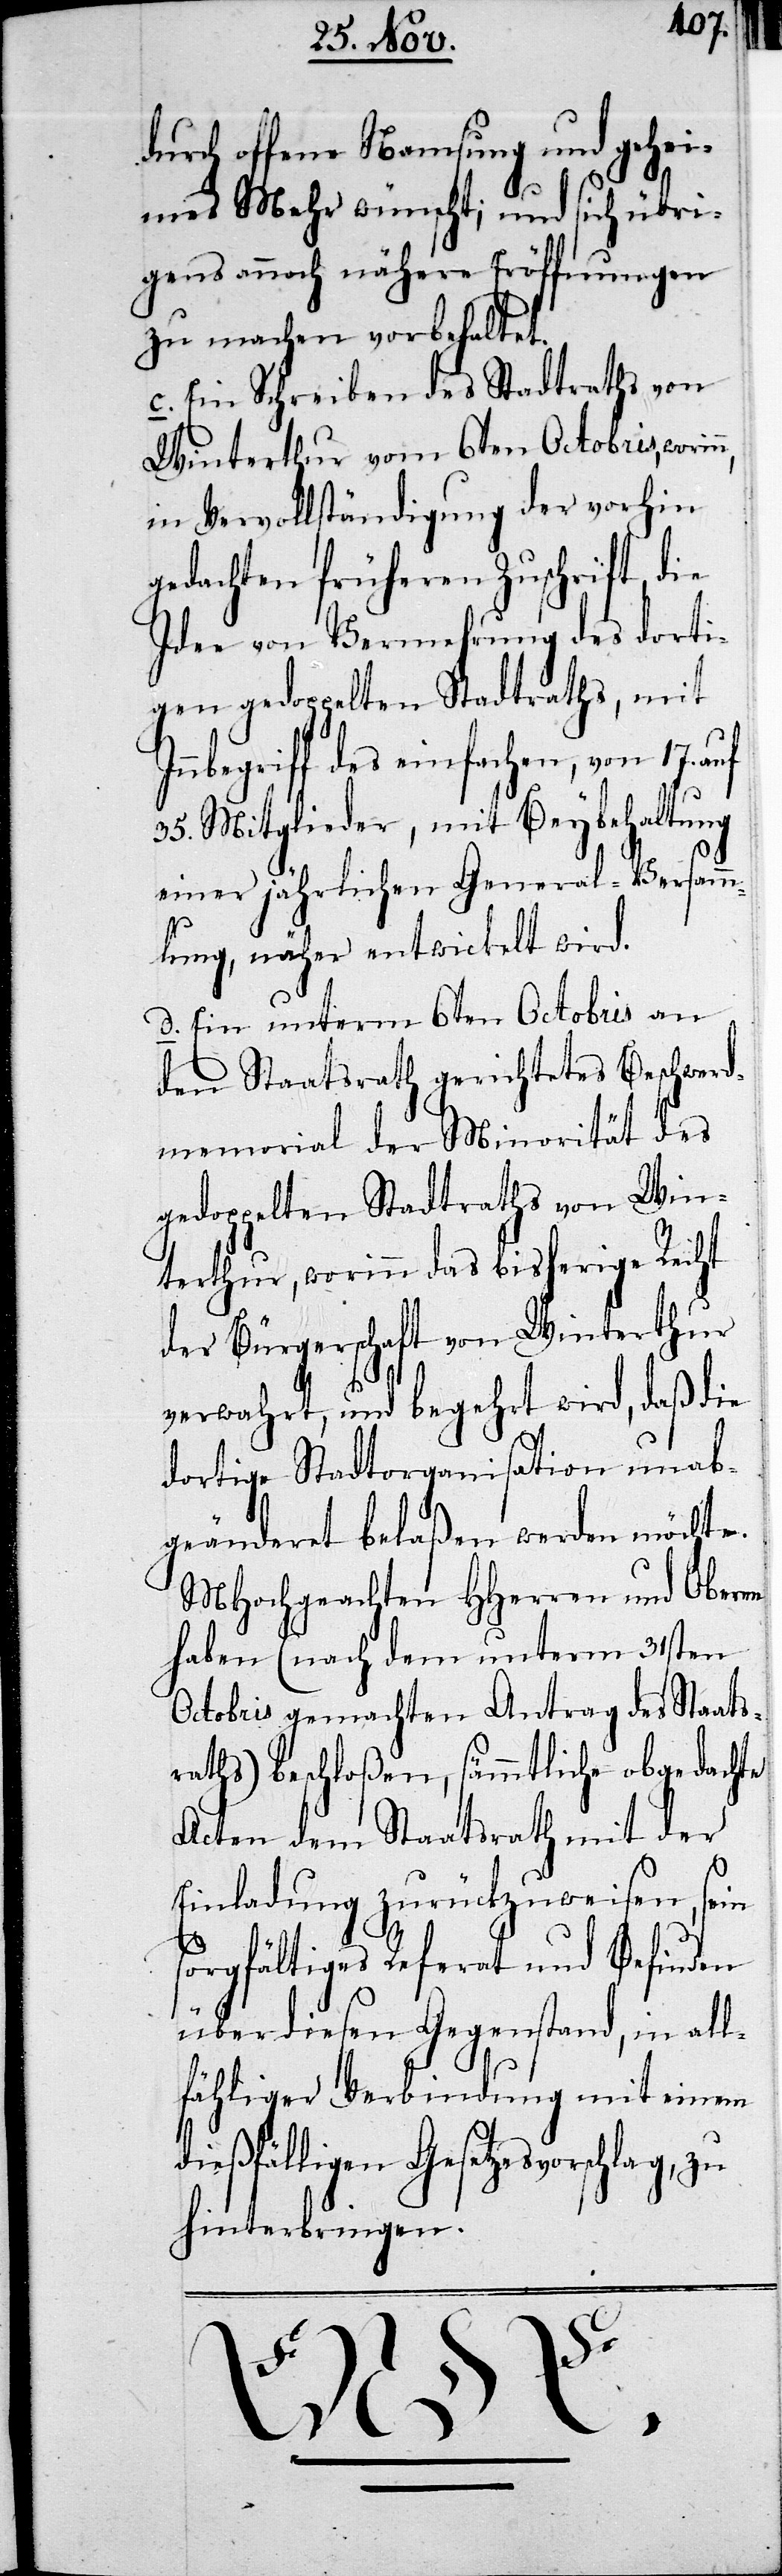
durch offene Namsung und gehei¬
mes Mehr wünscht; und sich übri¬
gens auch nähere Eröffnungen
zu machen vorbehaltet.
c. Ein Schreiben des Stadtraths von
Winterthur vom 6ten Octobris, worin¬
in Vervollständigung der vorhin
gedachten früheren Zuschrift, die
Idee von Vermehrung des dorti¬
gen gedoppelten Stadtraths, mit
nbegriff des einfachen, von 17. auf
35. Mitglieder, mit Beybehaltung
einer jährlichen General-Versamm¬
lung, näher entwickelt wird.
d. Ein unterm 6ten Octobris an
den Staatsrath gerichtetes Beschwerd¬
memorial der Minorität des
gedoppelten Stadtraths von Win¬
terthur, worinn das bisherige Recht
der Bürgerschaft von Winterthur
In¬
verwahrt, und begehrt wird, daß die
dortige Stadtorganisation unab¬
geänderet belaßen werden möchte.
MHochgeachten HHerren und Oberen
haben (nach dem unterm 31sten
Octobris gemachten Antrag des Staats¬
raths) beschloßen, sämmtliche obgedachte
Acten dem Staatsrath mit der
Einladung zurückzuweisen, sein
sorgfältiges Referat und Befinden
über diesen Gegenstand, in all¬
fähliger Verbindung mit einem
dießfälligen Gesetzesvorschlag, zu
hinterbringen.
n,
ENDE.